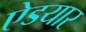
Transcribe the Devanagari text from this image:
ऐडयार